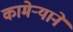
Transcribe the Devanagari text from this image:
कामेर्‍याने